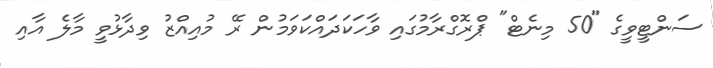
ސަންޓީވީގެ "50 މިނެޓް" ޕްރޮގްރާމުގައި ވާހަކަދައްކަވަމުން ރޭ މުއިއްޒު ވިދާޅުވީ މާލެ އާއި